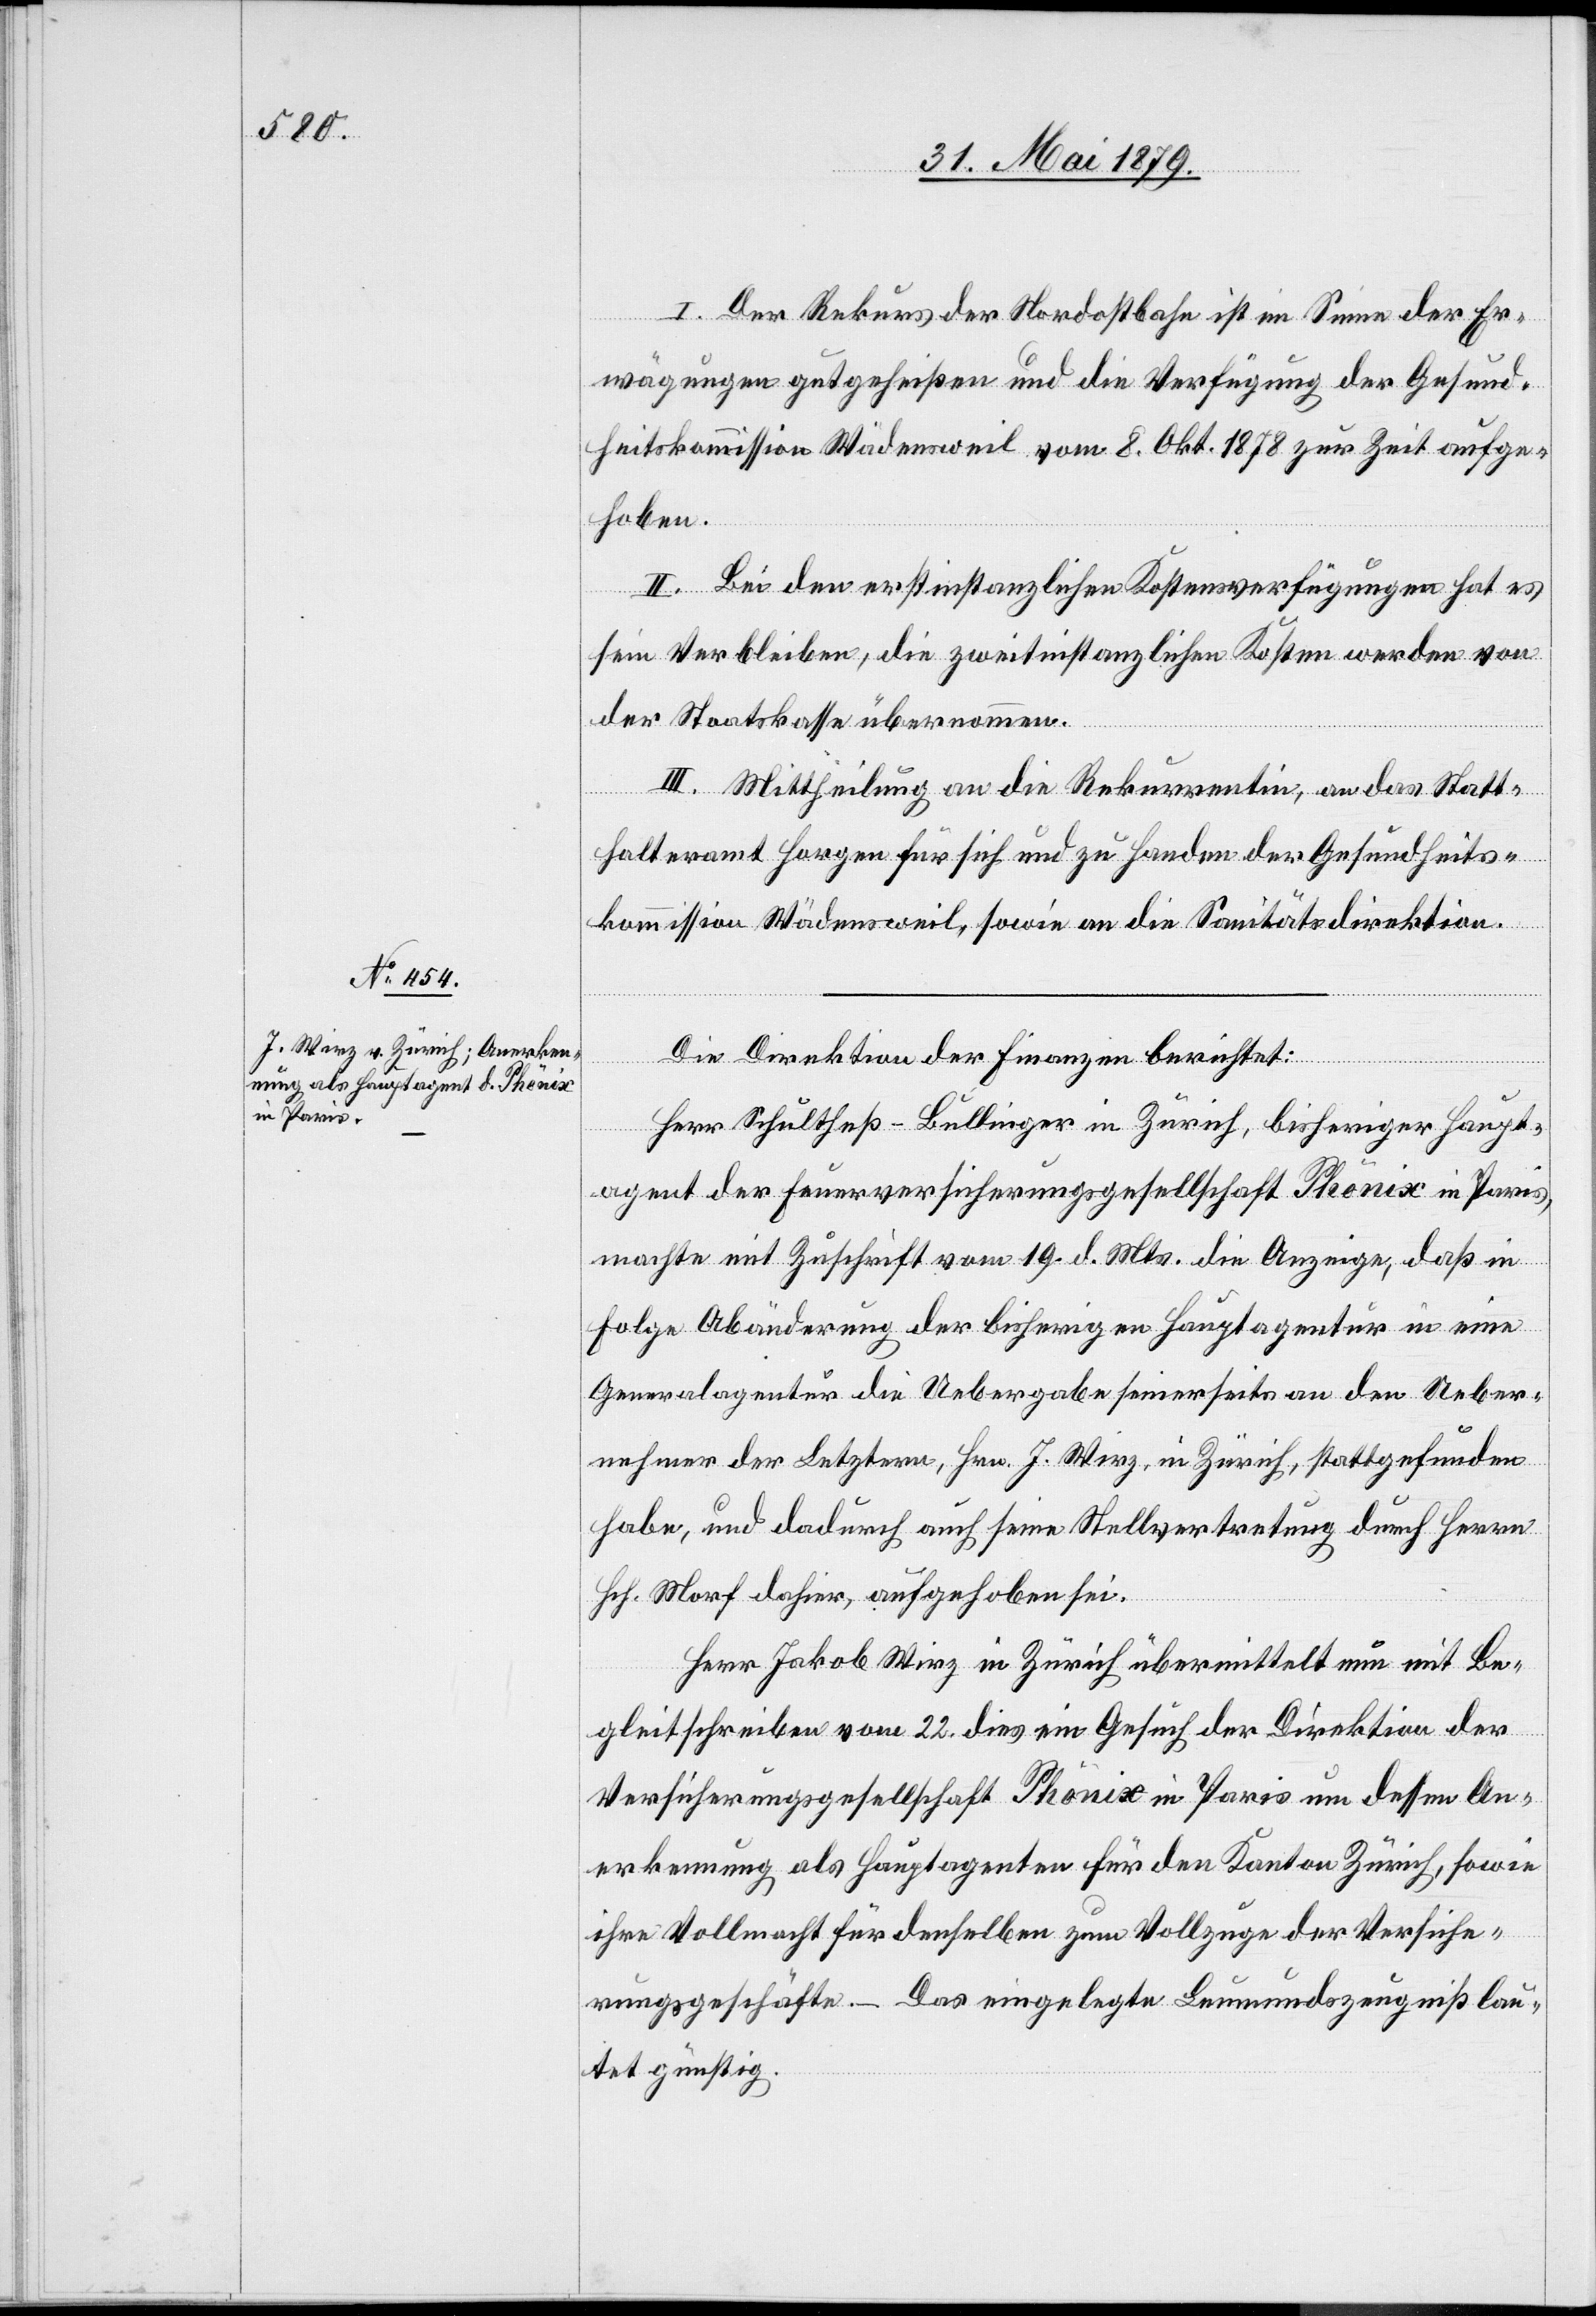
I. Der Rekurs der Nordostbahn ist im Sinne der Er¬
wägungen gutgeheißen und die Verfügung der Gesund¬
heitskommission Wädensweil vom 8. Okt. 1878 zur Zeit aufge¬
anzen
hoben.
II. Bei den erstinstanzlichen Kostensverfügungen hat es
sein Verbleiben, die zweitinstanzlichen Kosten werden von
der Staatskasse übernommen.
III. Mittheilung an die Rekurrentin, an das Statt¬
halteramt Horgen für sich und zu Handen der Gesundheits¬
kommission Wädensweil, sowie an die Sanitätsdirektion.
Herr Schultheß-Bullinger in Zürich, bisheriger Haupt¬
agent der Feuerversicherungsgesellschaft Phönix in Paris,
machte mit Zuschrift vom 19. d. Mts. die Anzeige, daß in
Folge Abänderung der bisherigen Hauptagentur in eine
Generalagentur die Uebergabe seinerseits an den Ueber¬
nehmer der Letztern, Hrn. J. Wirz, in Zürich, stattgefunden
habe, und dadurch auch seine Stellvertretung durch Herrn
Hch. Morf dahier, aufgehoben sei.
Herr Jakob Wirz in Zürich übermittelt nun mit Be¬
gleitschreiben vom 22. dies ein Gesuch der Direktion der
Versicherungsgesellschaft Phönix in Paris um dessen An¬
erkennung als Hauptagenten für den Kanton Zürich, sowie
ihre Vollmacht für denselben zum Vollzuge der Versiche¬
rungsgeschäfte. – Das eingelegte Leumundszeugniß lau¬
tet günstig.